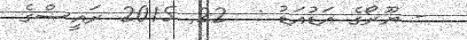
- ޔޫރޯގެ އަޑުއަޑު :  22